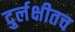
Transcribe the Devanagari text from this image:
दुर्लक्षीतच